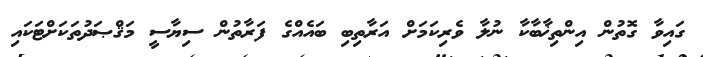
ގައިވާ ގޮތުން އިންތިޚާބާކާ ނުލާ ވެރިކަމަށް އަރާތިބި ބައެއްގެ ފަރާތުން ސިޔާސީ މަޤްޞަދުތަކަށްޓަކައި